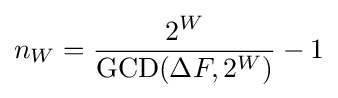
n_{W}={\frac {2^{W}}{{\mbox{GCD}}(\Delta F,2^{W})}}-1